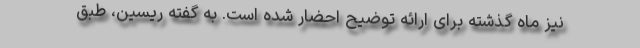
نیز ماه گذشته برای ارائه توضیح احضار شده است. به گفته ریسین، طبق